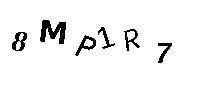
8MP1R7